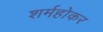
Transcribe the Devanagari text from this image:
शर्महोकर